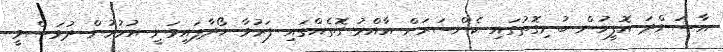
އާސަންދަ އޮފީހުން ބުނިގޮތުގައި ކެންސަރަށް އާއްމު ގޮތެއްގައި ފަރުވާ ހޯދާފައިވަނީ އުމުރުން ދުވަސްވީ